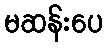
မဆန်းပေ